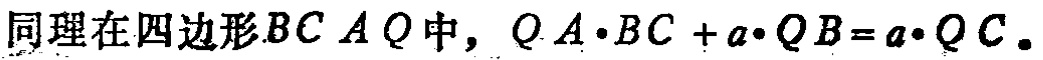
同理在四边形\(BCAQ\)中，\(QA\cdot BC + a\cdot QB = a\cdot QC\)。